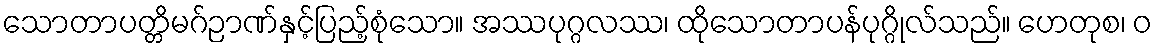
သောတာပတ္တိမဂ်ဉာဏ်နှင့်ပြည့်စုံသော။ အဿပုဂ္ဂလဿ၊ ထိုသောတာပန်ပုဂ္ဂိုလ်သည်။ ဟေတုစ၊ ဝ